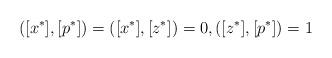
LaTeX: \begin{align*}([x^*],[p^*])=([x^*],[z^*])=0,([z^*],[p^*])= 1\end{align*}